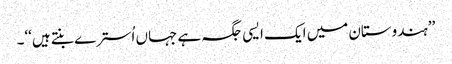
’’ہندوستان میں ایک ایسی جگہ ہے جہاں اُسترے بنتے ہیں‘‘۔